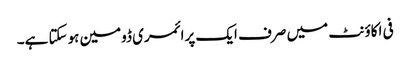
فی اکاؤنٹ میں صرف ایک پرائمری ڈومین ہوسکتا ہے۔